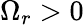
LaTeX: \Omega_{r}>0